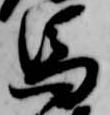
馬